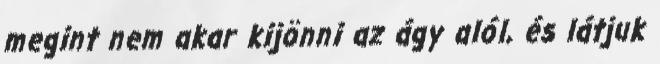
megint nem akar kijönni az ágy alól, és látjuk